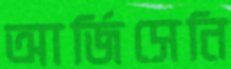
আর্জিসেনি